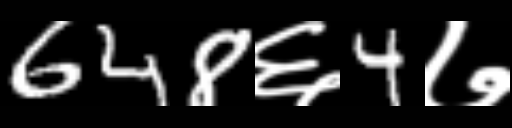
Text: 648६4७